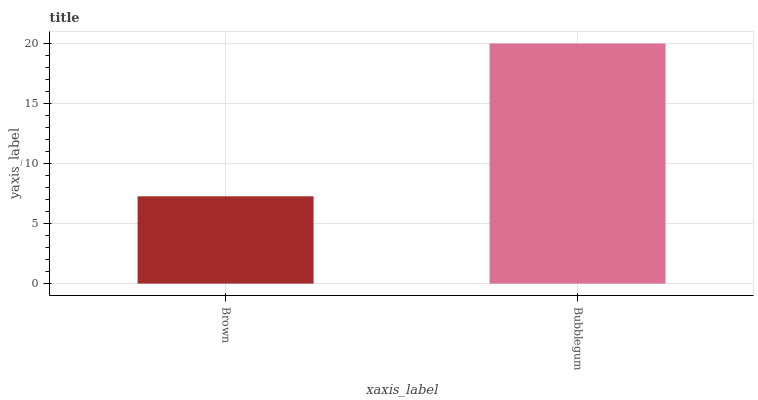
| xaxis_label | bars |
 | --- | --- |
 | Brown | 7.26 |
 | Bubblegum | 20 |